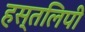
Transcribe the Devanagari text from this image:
हस्तलिपी